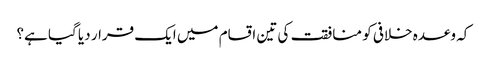
کہ وعدہ خلافی کو منافقت کی تین اقسام میں ایک قرار دیا گیا ہے؟